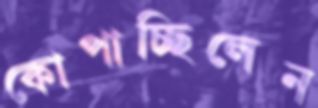
কোপাচ্ছিলেন